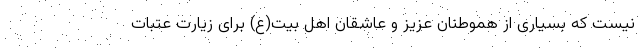
نیست که بسیاری از هموطنان عزیز و عاشقان اهل بیت(ع) برای زیارت عتبات